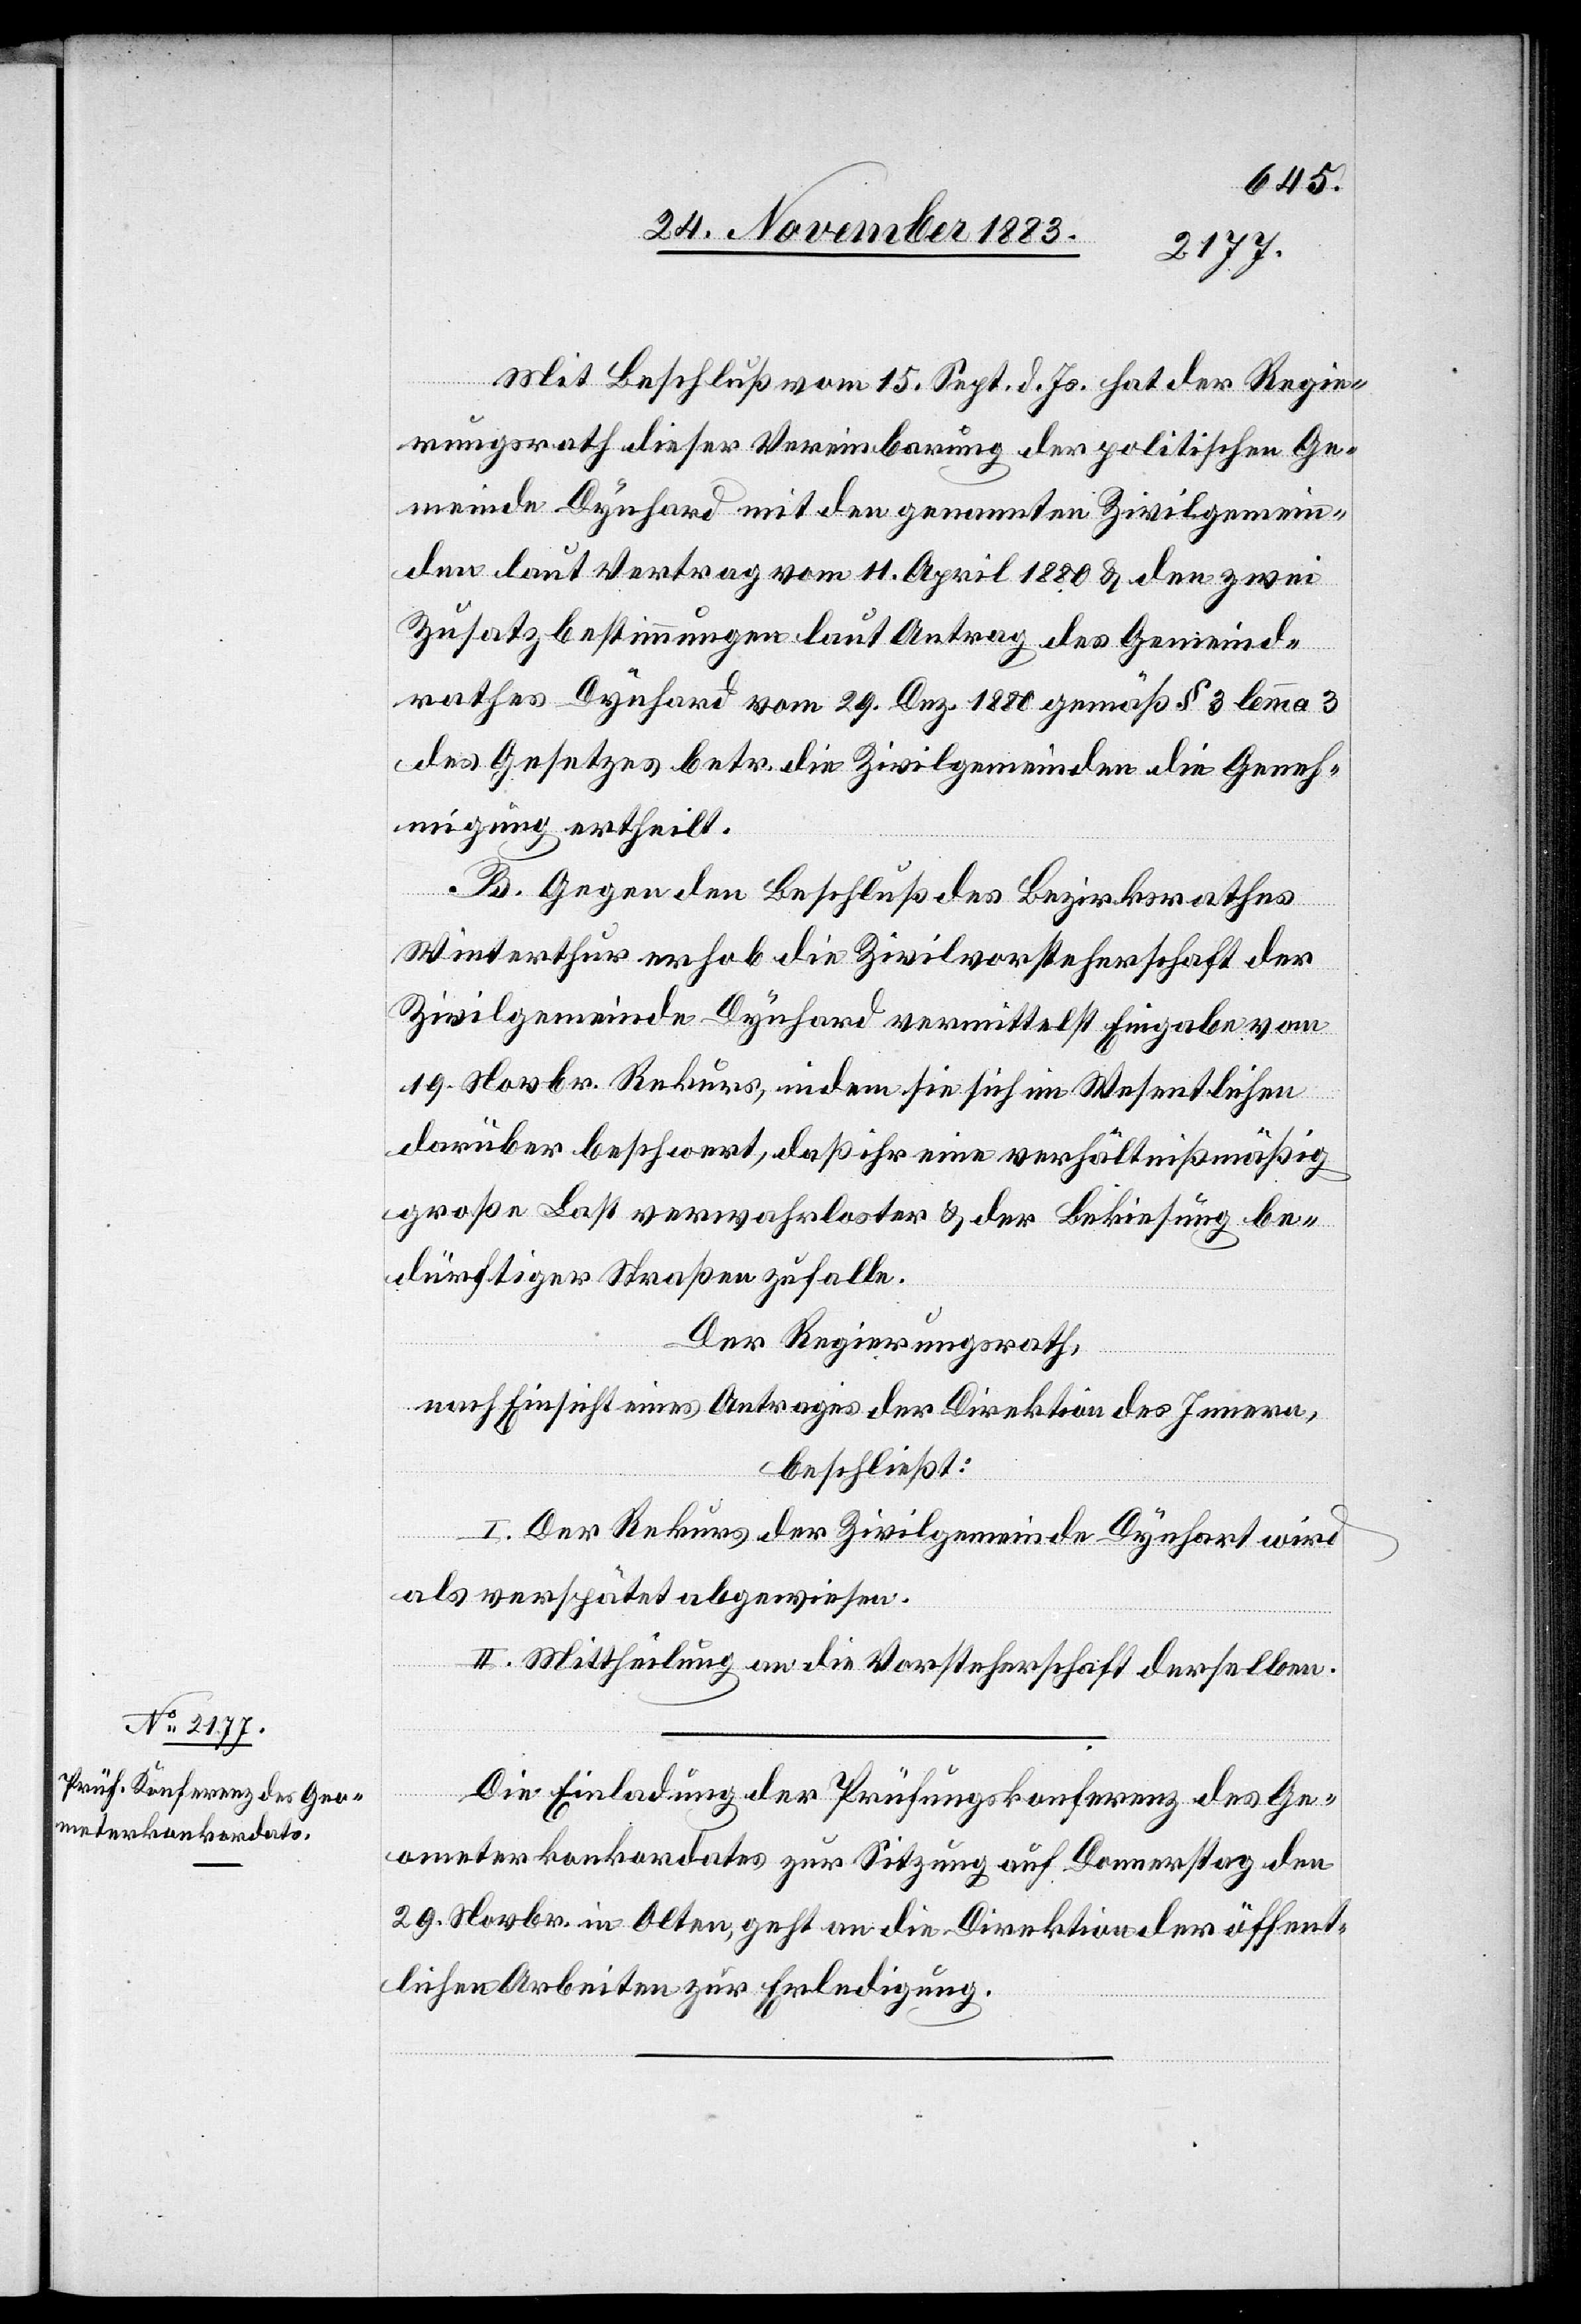
Mit Beschluß vom 15. Sept. d. Js. hat der Regie¬
rungsrath dieser Vereinbarung der politischen Ge¬
meinde Dynhard mit den genannten Zivilgemein¬
den laut Vertrag vom 11. April 1880 & den zwei
Zusatzbestimmungen laut Antrag des Gemeind¬
rathes Dynhard vom 29. Dez. 1880 gemäß § 3 lemma 3
des Gesetzes betr. die Zivilgemeinden die Geneh¬
migung ertheilt.
B. Gegen den Beschluß des Bezirksrathes
Winterhut erhob die Zivilvorsteherschaft der
Zivilgemeinde Dynhard vermittelst Eingabe vom
19. Novbr. Rekurs, indem sie sich im Wesentlichen
darüber beschwert, daß ihr eine verhältnißmäßig
große Last verwahrloster & der Bekiesung be¬
dürftiger Straßen zufalle.
Der Regierungsrath,
nach Einsicht eines Antrages der Direktion des Innern,
beschließt:
I. Der Rekurs der Zivilgemeinde Dynhart
als verspätet abgewiesen.
II. Mittheilung an die Vorsteherschaft derselben.
Die Einladung der Prüfungskonferenz des Ge¬
ometerkonkordates zur Sitzung auf Donnerstag den
29. Novbr. in Olten, geht an die Direktion der öffent¬
lichen Arbeiten zur Erledigung.